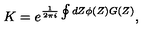
K = e ^ { \frac { 1 } { 2 \pi i } \oint d Z \phi ( Z ) G ( Z ) } ,